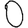
Digit: 0